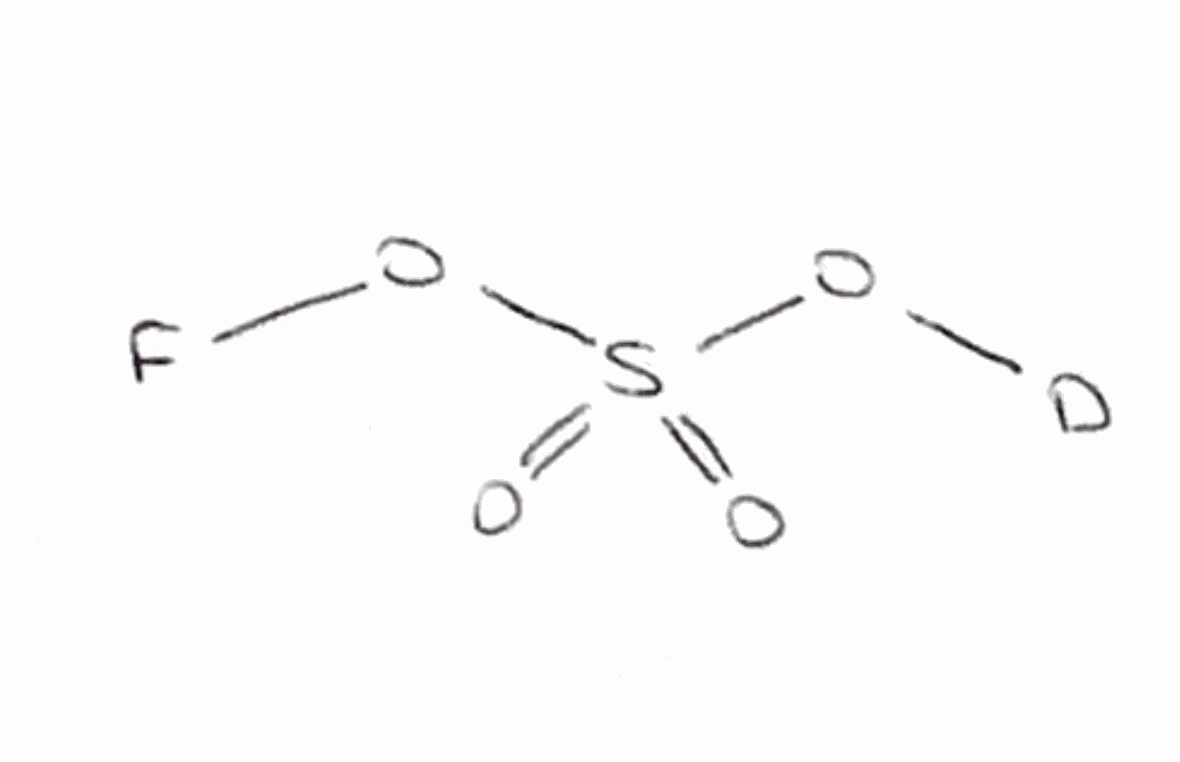
Simplified molecular-input line-entry system (SMILES) notation of the given molecule:
[2H]OS(=O)(=O)OF